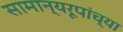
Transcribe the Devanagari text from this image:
सामान्यरूपांच्या